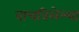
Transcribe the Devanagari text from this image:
वाचविलेल्या